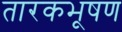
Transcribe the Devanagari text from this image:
तारकभूषण